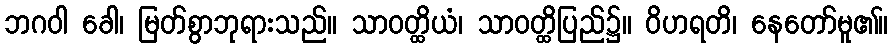
ဘဂဝါ ခေါ၊ မြတ်စွာဘုရားသည်။ သာဝတ္ထိယံ၊ သာဝတ္ထိပြည်၌။ ဝိဟရတိ၊ နေတော်မူ၏။